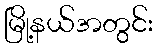
မြို့နယ်အတွင်း